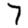
Digit: 7